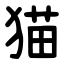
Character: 猫